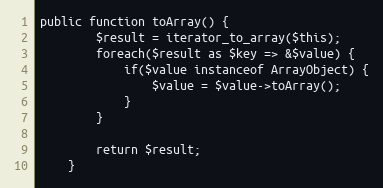
Language: PHP
public function toArray() {
        $result = iterator_to_array($this);
        foreach($result as $key => &$value) {
            if($value instanceof ArrayObject) {
                $value = $value->toArray();
            }
        }

        return $result;
    }